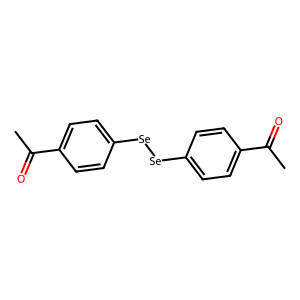
SMILES: CC(=O)c1ccc([Se][Se]c2ccc(C(C)=O)cc2)cc1
Inhibits HIV replication: No